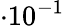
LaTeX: \cdot 10^{-1}